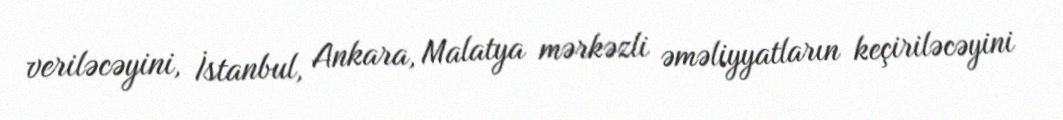
veriləcəyini, İstanbul, Ankara, Malatya mərkəzli əməliyyatların keçiriləcəyini